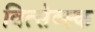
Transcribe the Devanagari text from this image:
वित्सेब्स्क